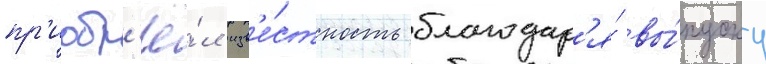
пр'иобр'ё́л изв'е́стность благодар'я́ вы́пуску